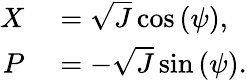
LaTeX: \begin{array}{rl}{\displaystyle X}&{{}=\sqrt J\cos{\left(\psi\right)},}\\ {\displaystyle P}&{{}=-\sqrt J\sin{\left(\psi\right)}.}\end{array}